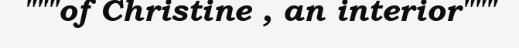
"""of Christine , an interior"""